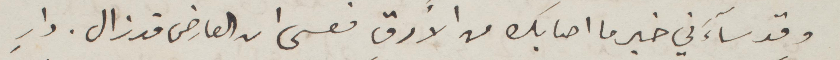
وقد سآءني خبر ما اصابك من الأرق فعسى ان العارض قد زال. دارٍ